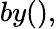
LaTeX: by(),